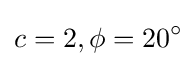
c=2,\phi =20^{\circ }